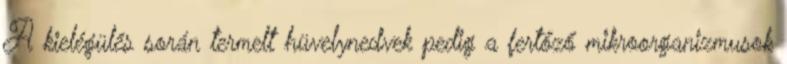
A kielégülés során termelt hüvelynedvek pedig a fertőző mikroorganizmusok